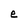
Character: e